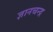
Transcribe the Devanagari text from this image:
ज्ञानचन्द्र